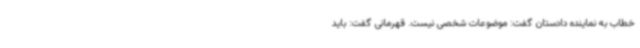
خطاب به نماینده دادستان گفت: موضوعات شخصی نیست. قهرمانی گفت: باید